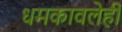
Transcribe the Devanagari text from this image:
धमकावलेही